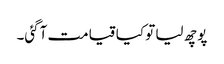
پوچھ لیا تو کیا قیامت آگئی۔